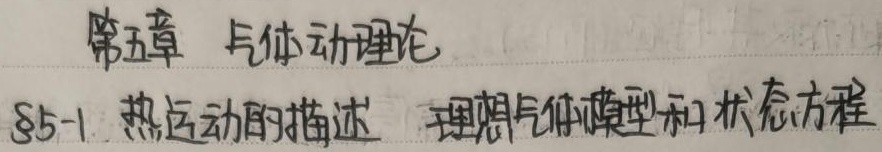
第五章 气体动理论§5 - 1 热运动的描述 理想气体模型和状态方程